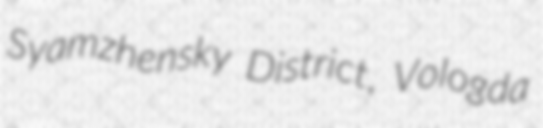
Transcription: Syamzhensky District, Vologda